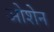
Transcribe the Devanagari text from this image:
ओशेन